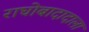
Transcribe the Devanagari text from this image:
राघोबादादाला